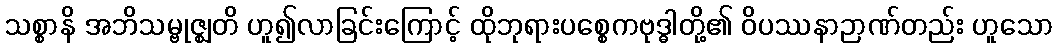
သစ္စာနိ အဘိသမ္ဗုဇ္ဈတိ ဟူ၍လာခြင်းကြောင့် ထိုဘုရားပစ္စေကဗုဒ္ဓါတို့၏ ဝိပဿနာဉာဏ်တည်း ဟူသော